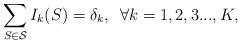
LaTeX: \begin{align*} \sum_{S \in \cal{S}} I_k(S) = \delta_k,\,\,\, \forall k = 1,2,3...,K, \end{align*}